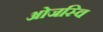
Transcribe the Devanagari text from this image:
ओजस्वि